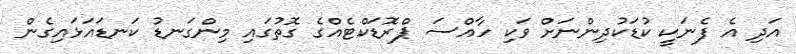
އަދި އެ ފެނަކީ ކުޑަކުދިންނަށް ވަކި ހާއްސަ ޕްރޮޑަކްޓެއްގެ ގޮތުގައި މިންގަނޑު ކަނޑައަޅައިގެން